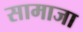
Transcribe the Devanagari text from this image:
सामाजा